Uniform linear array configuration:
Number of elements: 8
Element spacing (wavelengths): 1
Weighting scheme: cosine
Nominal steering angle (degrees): -30
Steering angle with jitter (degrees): -28.455
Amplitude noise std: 0.05
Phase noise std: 0.05

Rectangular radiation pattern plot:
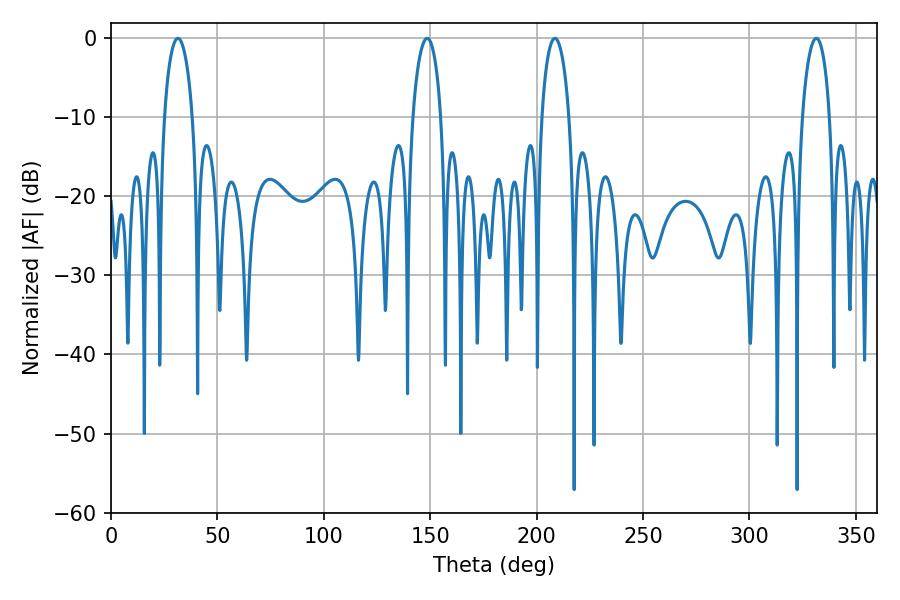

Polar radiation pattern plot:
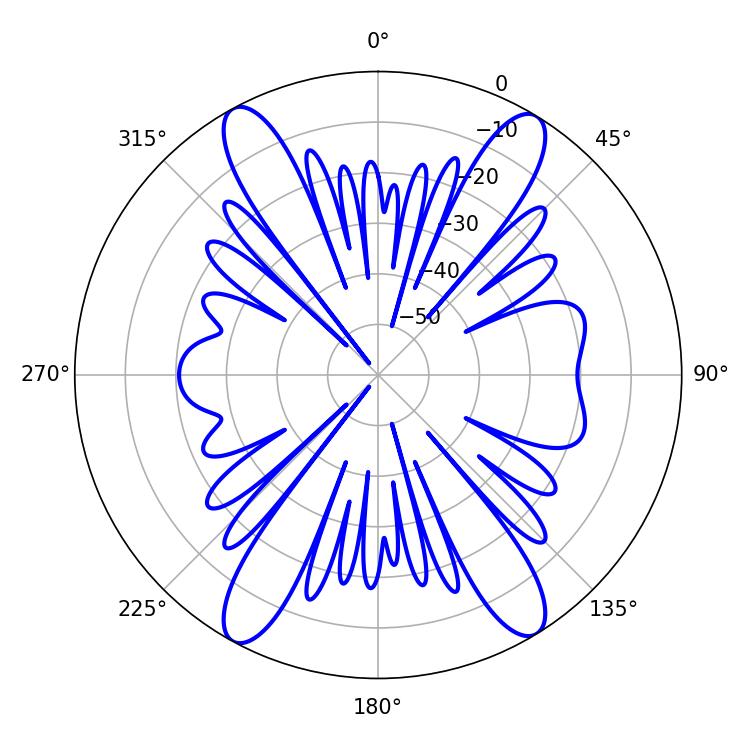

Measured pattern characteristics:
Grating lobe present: TRUE
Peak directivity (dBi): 19.543
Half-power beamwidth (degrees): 7.38
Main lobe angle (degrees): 208.62